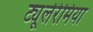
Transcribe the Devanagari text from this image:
ट्यूलेरेमिया